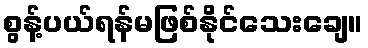
စွန့်ပယ်ရန်မဖြစ်နိုင်သေးချေ။